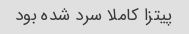
پیتزا کاملا سرد شده بود